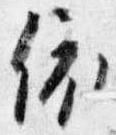
依